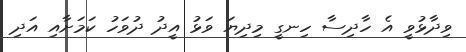
ވިދާޅުވީ އެ ހާދިސާ ހިނގީ މިދިޔަ ވަޅު އީދު ދުވަހު ކަމަށާއި އަދި